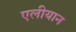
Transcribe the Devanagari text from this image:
एलीयान